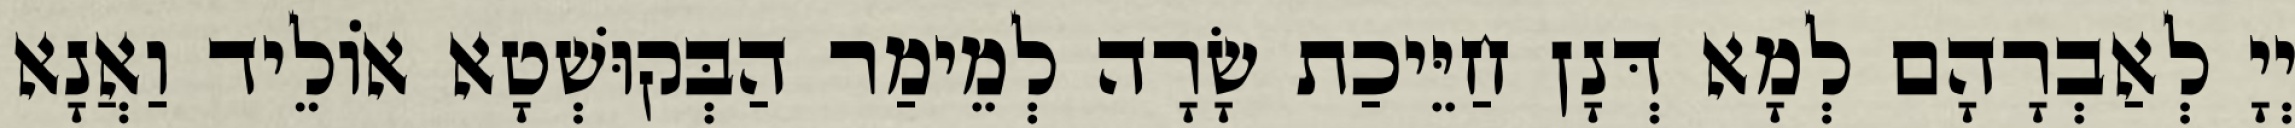
יְיָ לְאַבְרָהָם לְמָא דְּנָן חַיֵּיכַת שָׂרָה לְמֵימַר הַבְּקוּשְׁטָא אוֹלֵיד וַאֲנָא